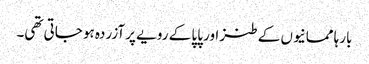
بارہا ممانیوں کے طنز اور پاپا کے رویے پر آزردہ ہو جاتی تھی۔